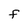
Character: F